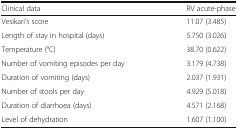
<table><thead><tr><td><b>Clinical data</b></td><td><b>RV acute-phase</b></td></tr></thead><tbody><tr><td>Vesikari’s score</td><td>11.07 (3.485)</td></tr><tr><td>Length of stay in hospital (days)</td><td>5.750 (3.026)</td></tr><tr><td>Temperature (°C)</td><td>38.70 (0.622)</td></tr><tr><td>Number of vomiting episodes per day</td><td>3.179 (4.738)</td></tr><tr><td>Duration of vomiting (days)</td><td>2.037 (1.931)</td></tr><tr><td>Number of stools per day</td><td>4.929 (5.018)</td></tr><tr><td>Duration of diarrhoea (days)</td><td>4.571 (2.168)</td></tr><tr><td>Level of dehydration</td><td>1.607 (1.100)</td></tr></tbody></table>